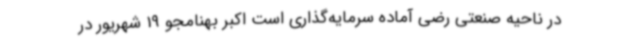
در ناحیه صنعتی رضی آماده سرمایه‌گذاری است اکبر بهنامجو 19 شهریور در